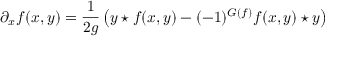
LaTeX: \partial _ { x } f ( x , y ) = \frac { 1 } { 2 g } \left( y \star f ( x , y ) - ( - 1 ) ^ { G ( f ) } f ( x , y ) \star y \right)